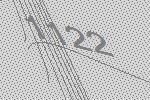
1122